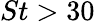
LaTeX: St>30